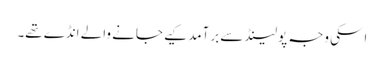
اسکی وجہ پولینڈ سے برآمد کیے جانے والے انڈے تھے۔